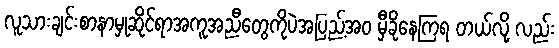
လူသားချင်းစာနာမှုဆိုင်ရာအကူအညီတွေကိုပဲအပြည့်အ၀ မှီခိုနေကြရ တယ်လို့ လည်း